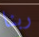
ربنا